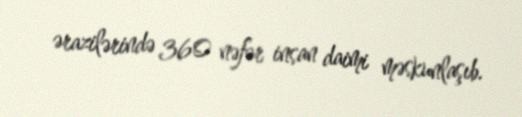
ərazilərində 360 nəfər insan daimi məskunlaşıb.